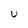
Character: U